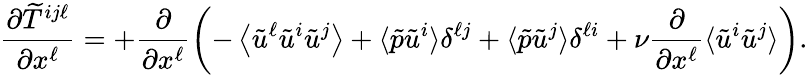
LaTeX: \frac{\partial\widetilde{T}^{ij\ell}}{\partial x^{\ell}}=+\frac{\partial}{\partial x^{\ell}}\left({-\left\langle{\tilde{u}^{\ell}\tilde{u}^{i}\tilde{u}^{j}}\right\rangle+\langle{\tilde{p}\tilde{u}^{i}}\rangle\delta^{\ell j}+\langle{\tilde{p}\tilde{u}^{j}}\rangle\delta^{\ell i}\rule{0ex}{3ex}+\nu\frac{\partial}{\partial x^{\ell}}\langle{\tilde{u}^{i}\tilde{u}^{j}}\rangle}\right).